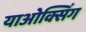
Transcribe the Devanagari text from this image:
याओक्सिंग